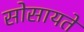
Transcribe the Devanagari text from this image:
सोसायते